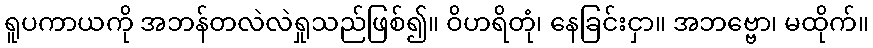
ရူပကာယကို အဘန်တလဲလဲရှုသည်ဖြစ်၍။ ဝိဟရိတုံ၊ နေခြင်းငှာ။ အဘဗ္ဗော၊ မထိုက်။